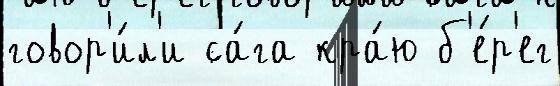
говор'и́л'и са́га кра́ю б'е́р'ег